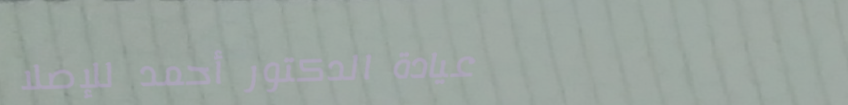
عيادة الدكتور أحمد للإصلا